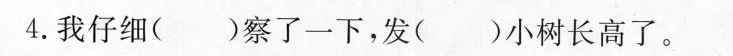
4.我仔细( )察了一下，发( )小树长高了。